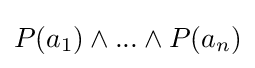
P(a_{1})\land ...\land P(a_{n})